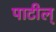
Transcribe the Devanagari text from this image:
पाटील्